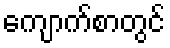
ကျောက်စာတွင်